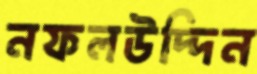
নফলউদ্দিন